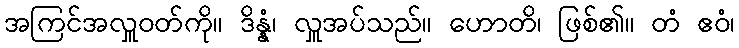
အကြင်အလှူဝတ်ကို။ ဒိန္နံ၊ လှူအပ်သည်။ ဟောတိ၊ ဖြစ်၏။ တံ ဧဝံ၊